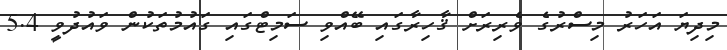
މިދިޔަ އަހަރު މިސްރުގެ ވެރިރަށް ޤާހިރާގައި ބޭއްވި ސަމިޓްގައި ގައުމުތަކުން ވައުދުވީ 5.4